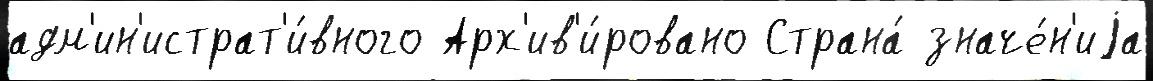
адм'ин'истрат'и́вного Арх'ив'и́ровано Страна́ значе́н'иjа